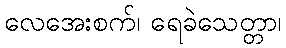
လေအေးစက်၊ ရေခဲသေတ္တာ၊